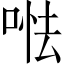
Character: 𠵐